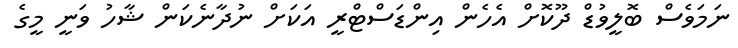
ނަމަވެސް ބޮލީވުޑް ދޫކޮށް އެހެން އިންޑަސްޓްރީ އަކަށް ނުދާނެކަން ޝާހު ވަނީ މީގެ